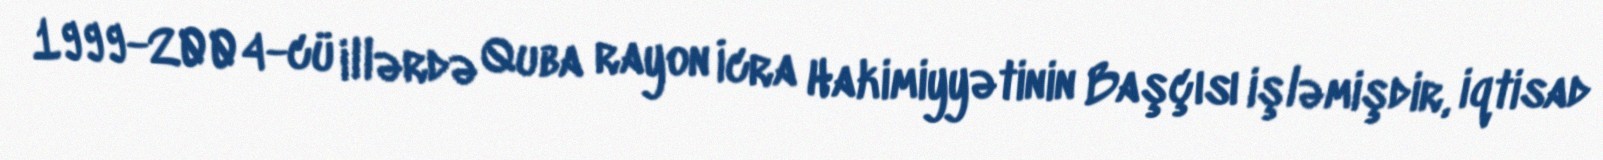
1999-2004-cü illərdə Quba rayon İcra Hakimiyyətinin Başçısı işləmişdir, iqtisad